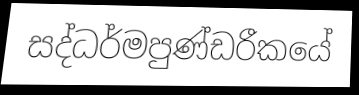
සද්ධර්මපුණ්ඩරීකයේ